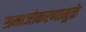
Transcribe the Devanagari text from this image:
समाजीकरणामुळे